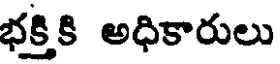
భక్తికి అధికారులు